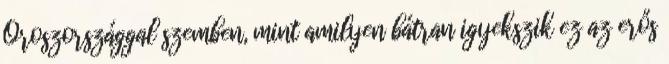
Oroszországgal szemben, mint amilyen bátran igyekszik ez az erős